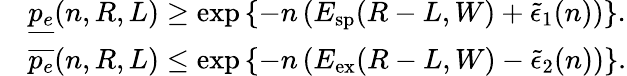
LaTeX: \begin{array}{rl}&{\underline{{p_{e}}}(n,R,L)\geq\exp\left\{ -n\left(E_{\mathrm{sp}}(R-L,W)+\tilde{\epsilon}_{1}(n)\right)\right\} .}\\ &{\overline{{p_{e}}}(n,R,L)\leq\exp\left\{ -n\left(E_{\mathrm{ex}}(R-L,W)-\tilde{\epsilon}_{2}(n)\right)\right\} .}\end{array}